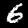
Label: 6